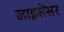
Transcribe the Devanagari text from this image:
लाइसेंसर